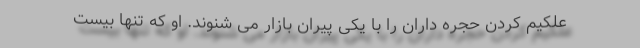
علکیم کردن حجره داران را با یکی پیران بازار می شنوند. او که تنها بیست